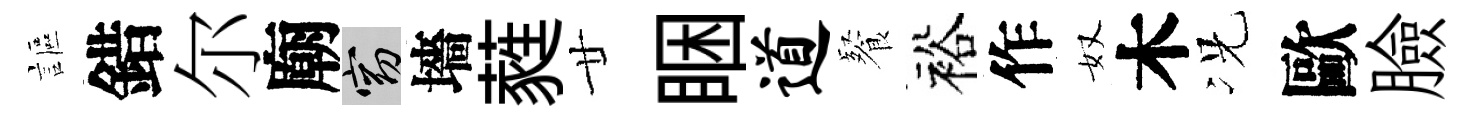
謳錯尔廟窈墻蕤廿睏道餐裕作奴木况歐臉